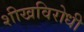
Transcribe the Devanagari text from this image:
शीखविरोधी